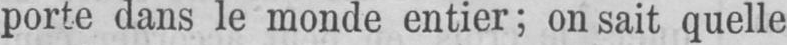
porte dans le monde entier; on sait quelle